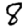
Digit: 8